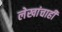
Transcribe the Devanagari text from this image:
लेखांचाही